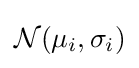
{\mathcal {N}}(\mu _{i},\sigma _{i})